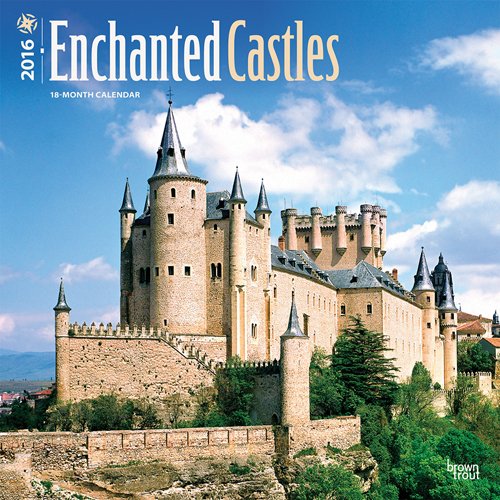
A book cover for Castles, Enchanted 2016 Square 12x12 (Multilingual Edition); Browntrout Publishers; Calendars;